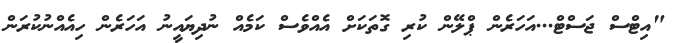
"އިޓްސް ޖަސްޓް...އަހަރެން ޕްލޭން ކުރި ގޮތަކަށް އެއްވެސް ކަމެއް ނުދިޔައީނު އަހަރެން ހިއެއްނުކުރަން